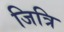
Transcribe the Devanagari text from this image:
जित्रि